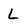
Character: l